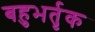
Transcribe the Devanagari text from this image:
बहुभर्तृक